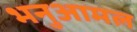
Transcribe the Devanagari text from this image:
भनुआमल